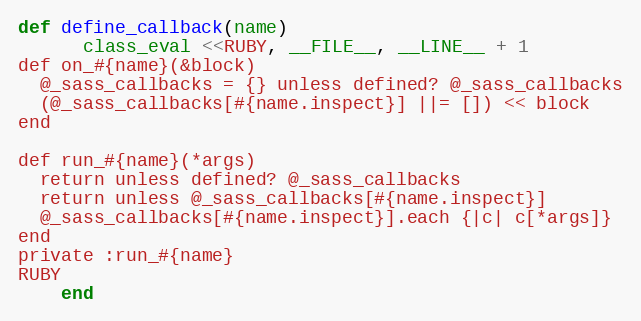
Language: Ruby
def define_callback(name)
      class_eval <<RUBY, __FILE__, __LINE__ + 1
def on_#{name}(&block)
  @_sass_callbacks = {} unless defined? @_sass_callbacks
  (@_sass_callbacks[#{name.inspect}] ||= []) << block
end

def run_#{name}(*args)
  return unless defined? @_sass_callbacks
  return unless @_sass_callbacks[#{name.inspect}]
  @_sass_callbacks[#{name.inspect}].each {|c| c[*args]}
end
private :run_#{name}
RUBY
    end